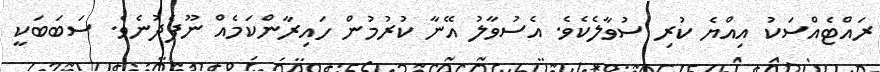
ރައްޓެއްސަކު އިއްޔެ ކުރި ސުވާލެކެވެ. އެސުވާލު އޭނާ ކުރުމުން ހައިރާންކަމެއް ނޫފެދުނެވެ. ސަބަބަކީ